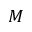
M